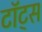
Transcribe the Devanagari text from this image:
टॉट्स